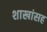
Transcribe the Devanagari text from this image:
शाखांसह